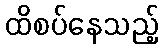
ထိစပ်နေသည့်